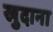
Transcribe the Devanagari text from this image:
खुदाना